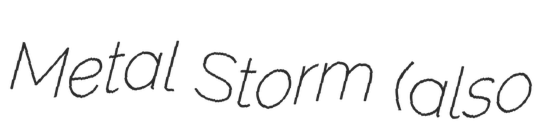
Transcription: Metal Storm (also